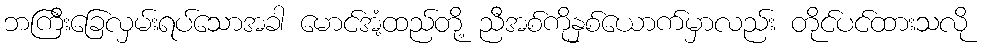
ဘကြီးခြေလှမ်းရပ်သောအခါ မောင်အံ့ထည်တို့ ညီအစ်ကိုနှစ်ယောက်မှာလည်း တိုင်ပင်ထားသလို